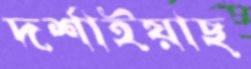
দর্শাইয়াছ